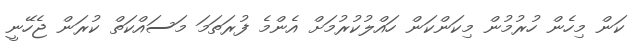
ކަން މިހެން ހުރުމުން މިކަންކަން ހައްލުކުރުމަށް އެންމެ ފުރަތަމަ މަސައްކަތް ކުރަން ޖެހޭނީ